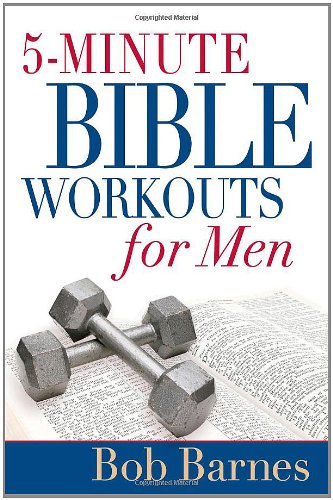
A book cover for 5-Minute Bible Workouts for Men; Bob Barnes; Christian Books & Bibles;